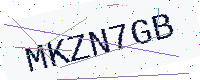
Text: MKZN7GB